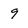
Character: 9